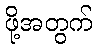
ဖို့အတွက်